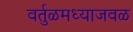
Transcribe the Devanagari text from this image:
वर्तुळमध्याजवळ